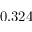
0 . 3 2 4